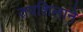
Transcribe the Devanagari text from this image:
तपशिलाने